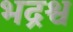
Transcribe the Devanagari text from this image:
भद्रश्व